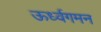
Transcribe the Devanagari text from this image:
ऊर्ध्वगमन